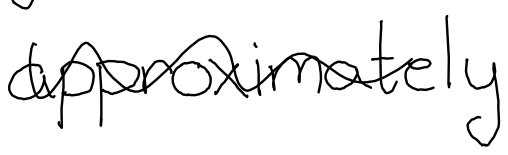
Text: approximately
Cross-out: wave
Writing tool: digital_black